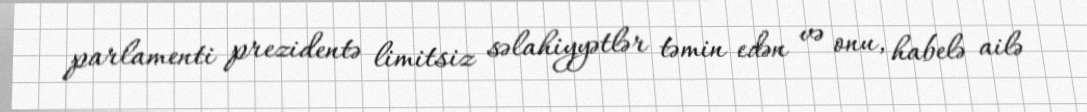
parlamenti prezidentə limitsiz səlahiyyətlər təmin edən və onu, habelə ailə